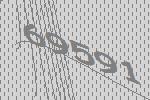
69591